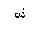
Letter: _shin